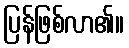
ပြန်ဖြစ်လာ၏။